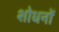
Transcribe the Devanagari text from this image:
शोधनों